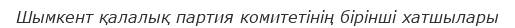
Шымкент қалалық партия комитетінің бірінші хатшылары